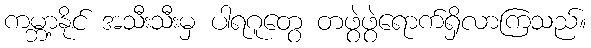
ကမ္ဘာ့နိုင် အသီးသီးမှ ပါရဂူတွေ တဖွဲဖွဲရောက်ရှိလာကြသည်။